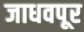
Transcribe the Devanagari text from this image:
जाधवपूर